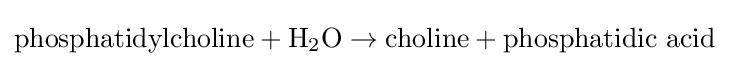
{\text{phosphatidylcholine}}+{\text{H}}_{2}{\text{O}}\rightarrow {\text{choline}}+{\text{phosphatidic acid}}